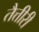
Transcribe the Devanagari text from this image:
तैत्तीरी